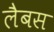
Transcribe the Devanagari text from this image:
लैबस